Indian Civil Veterinary Department memoirs
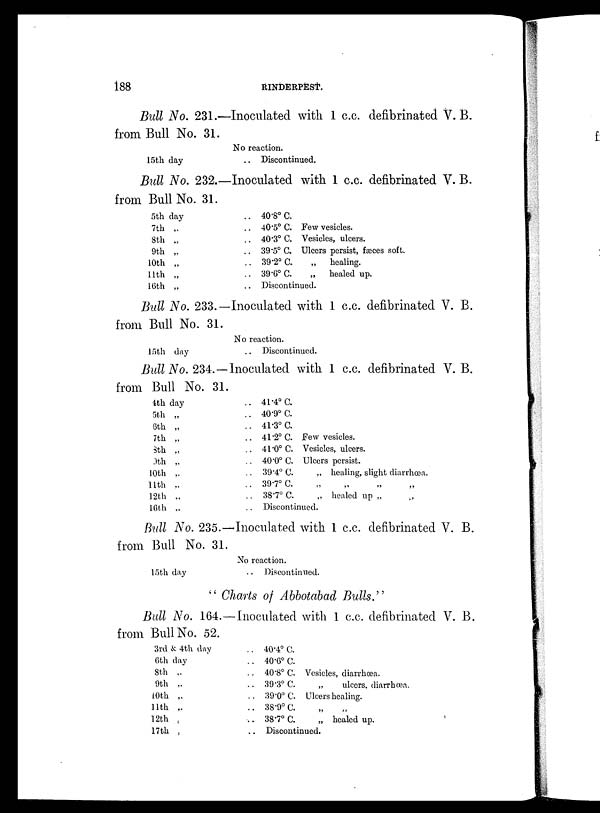
188
RINDERPEST.
Bull No. 231.—Inoculated with 1 c.c. defibrinated V. B.
from Bull No. 31.
15th day
No reaction.
.. Discontinued.
Bull No. 232.—Inoculated with 1 c.c. defibrinated V. B.
from Bull No. 31.
5th day
7th „
8th „
9th „
10th „
11th „
16th „
.. 40.8º C.
.. 40.5º C. Few vesicles.
.. 40.3º C. Vesicles, ulcers.
.. 39.5º C. Ulcers persist, fæces soft.
.. 39.2º C.
„
healing.
.. 39.6º C.
„
healed up.
.. Discontinued.
Bull No. 233.—Inoculated with 1 c.c. defibrinated V. B.
from Bull No. 31.
15th day
No reaction.
.. Discontinued.
Bull No. 234.—Inoculated with 1 c.c. defibrinated V. B.
from Bull No. 31.
4th day
5th „
6th „
7th „
8th „
9th „
10th „
11th „
12th „
16th „
.. 41.4º C.
.. 40.9º C.
.. 41.3º C.
.. 41.2ºC. Few vesicles.
.. 41.0 o C. Vesicles, ulcers.
.. 40.0º C. Ulcers persist.
.. 39.4º C.
„ healing, slight diarrhœa.
.. 39.7º C. „ „ „ „
.. 38.7º C.
„ healed up „ „
.. Discontinued.
Bull No. 235.—Inoculated with 1 c.c. defibrinated V. B.
from Bull No. 31.
15th day
No reaction.
.. Discontinued.
" Charts of Abbotabad Bulls."
Bull No. 164.—Inoculated with 1 c.c. defibrinated V. B.
from Bull No. 52.
3rd & 4th day
6th day
8th „
9th „
10th „
11th „
12th „
17th „
.. 40.4º C.
.. 40.6º C.
.. 40.8º C. Vesicles, diarrhoea.
.. 39.3º C.
„
ulcers, diarrhœa.
.. 39.0º C. Ulcers healing.
.. 38.9º C. „ „
.. 38.7º C.
„ healed up.
.. Discontinued.